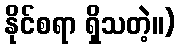
နိုင်စရာ ရှိသတဲ့။)